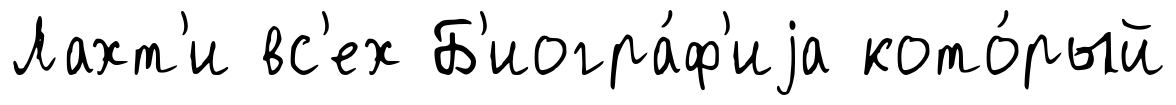
Лахт'и вс'ех Б'иогра́ф'иjа кото́рый